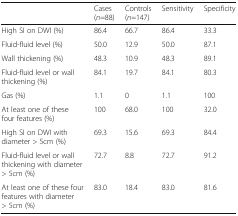
|  | Cases (n=88) | Controls (n=147) | Sensitivity | Specificity |
 | --- | --- | --- | --- | --- |
 | High SI on DWI (%) | 86.4 | 66.7 | 86.4 | 33.3 |
 | Fluid-fluid level (%) | 50.0 | 12.9 | 50.0 | 87.1 |
 | Wall thickening (%) | 48.3 | 10.9 | 48.3 | 89.1 |
 | Fluid-fluid level or wall thickening (%) | 84.1 | 19.7 | 84.1 | 80.3 |
 | Gas (%) | 1.1 | 0 | 1.1 | 100 |
 | At least one of these four features (%) | 100 | 68.0 | 100 | 32.0 |
 | High SI on DWI with diameter > 5cm (%) | 69.3 | 15.6 | 69.3 | 84.4 |
 | Fluid-fluid level or wall thickening with diameter > 5cm (%) | 72.7 | 8.8 | 72.7 | 91.2 |
 | At least one of these four features with diameter > 5cm (%) | 83.0 | 18.4 | 83.0 | 81.6 |